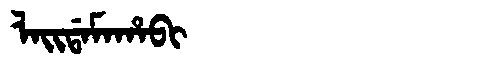
Manchu: ᠯᠠᡳᡩᠠᠮᠠᡥᠠᠪᡳ
Romanization: LAIDAMAHABI